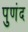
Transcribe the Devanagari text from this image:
पुणंद